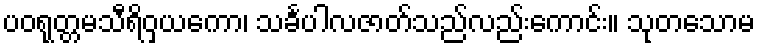
ပဝရုတ္တမသီရိဝှယကော၊ သင်္ခပါလဇာတ်သည်လည်းကောင်း။ သုတသောမ